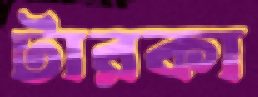
টারকা